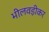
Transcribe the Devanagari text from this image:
भीलवड़ीकर